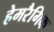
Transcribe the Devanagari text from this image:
हेमरैगिक